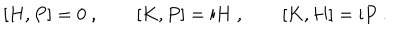
LaTeX: [ H , P ] = 0 \ , \qquad [ K , P ] = \mathrm { i } H \ , \qquad [ K , H ] = \mathrm { i } P \ .